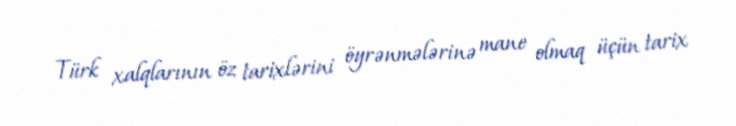
Türk xalqlarının öz tarixlərini öyrənmələrinə mane olmaq üçün tarix